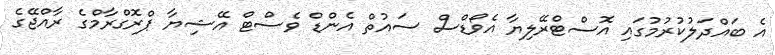
އެ ބައްދަލުކުރުމުގައި އޮސްޓްރޭލިޔާ އެވޯޑްސް ސައުތް އެންޑް ވެސްޓް އޭޝިޔާ ޕްރޮގްރާމްގެ ރާއްޖޭގެ